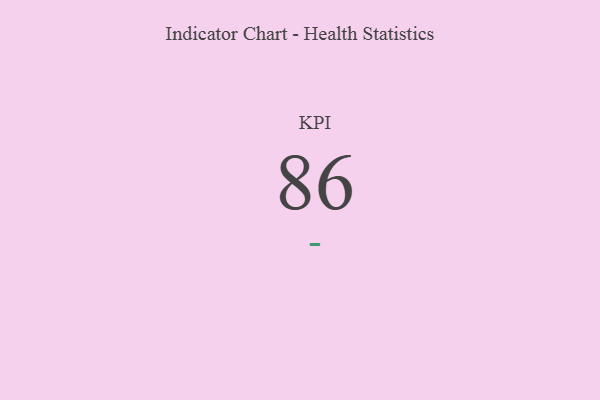
{"axis": {"x": "KPI", "y": "Value"}, "legend": [""], "data": [{"x": "KPI", "y": 86, "type": ""}]}